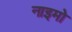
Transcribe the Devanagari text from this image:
नाइमो